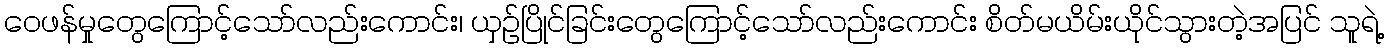
ဝေဖန်မှုတွေကြောင့်သော်လည်းကောင်း၊ ယှဉ်ပြိုင်ခြင်းတွေကြောင့်သော်လည်းကောင်း စိတ်မယိမ်းယိုင်သွားတဲ့အပြင် သူရဲ့